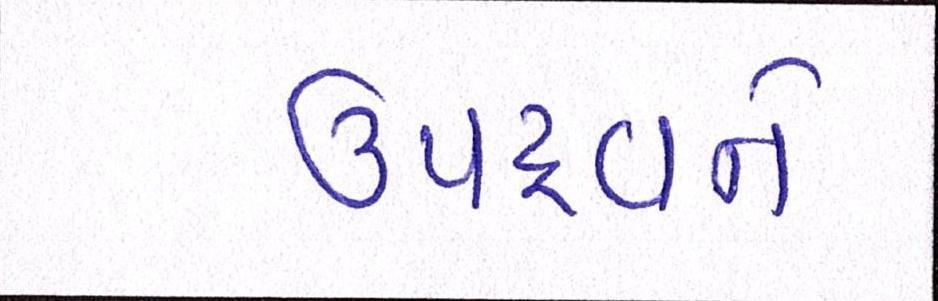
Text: ઉપદ્રવને